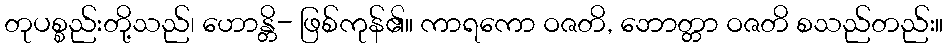
တုပစ္စည်းတို့သည်၊ ဟောန္တိ- ဖြစ်ကုန်၏။ ကာရကော ဝဇတိ, ဘောတ္တာ ဝဇတိ စသည်တည်း။